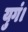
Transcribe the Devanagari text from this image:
युगं।